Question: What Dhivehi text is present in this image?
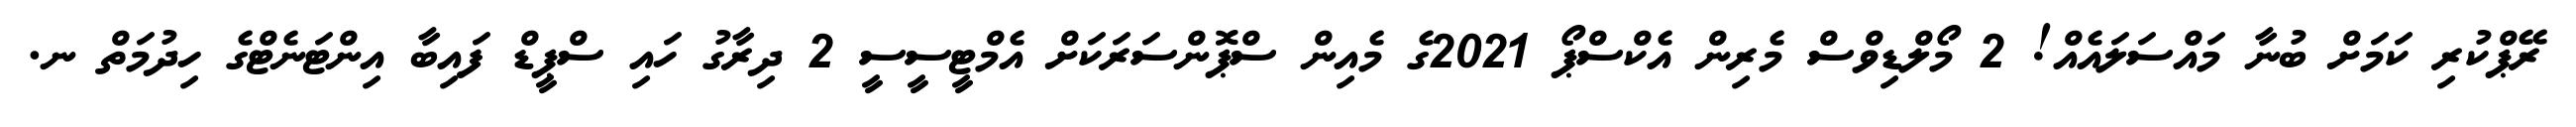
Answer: ރޭޕްކުރި ކަމަށް ބުނާ މައްސަލައެއް! 2 މޯލްޑިވްސް މެރިން އެކްސްޕޯ 2021ގެ މެއިން ސްޕޮންސަރަކަށް އެމްޓީސީސީ 2 ދިރާގު ހައި ސްޕީޑް ފައިބާ އިންޓަނެޓްގެ ހިދުމަތް ނ.